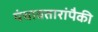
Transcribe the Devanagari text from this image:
पंचावतारांपैकी